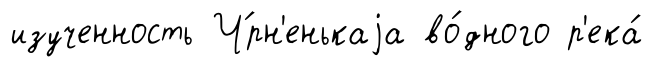
изученность Ч́рн'енькаjа во́дного р'ека́